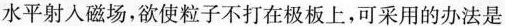
水平射入磁场，欲使粒子不打在极板上，可采用的办法是